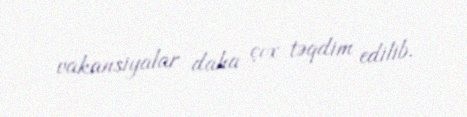
vakansiyalar daha çox təqdim edilib.